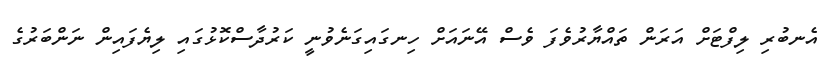
އެނބުރި ލިފްޓަށް އަރަން ތައްޔާރުވެފަ ވެސް އޭނައަށް ހިނގައިގަނެވުނީ ކަރުދާސްކޮޅުގައި ލިޔެފައިން ނަންބަރުގެ